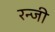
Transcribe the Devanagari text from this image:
रन्जी